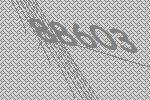
88603